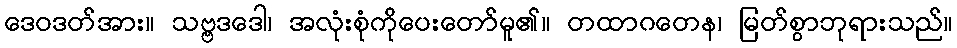
ဒေဝဒတ်အား။ သဗ္ဗဒဒေါ၊ အလုံးစုံကိုပေးတော်မူ၏။ တထာဂတေန၊ မြတ်စွာဘုရားသည်။